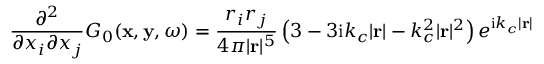
\frac { \partial ^ { 2 } } { \partial x _ { i } \partial x _ { j } } G _ { 0 } ( \mathbf { x } , \mathbf { y } , \omega ) = \frac { r _ { i } r _ { j } } { 4 \pi | \mathbf { r } | ^ { 5 } } \left( 3 - 3 \mathrm { i } k _ { c } | \mathbf { r } | - k _ { c } ^ { 2 } | \mathbf { r } | ^ { 2 } \right) e ^ { \mathrm { i } k _ { c } | \mathbf { r } | }